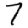
Digit: 7